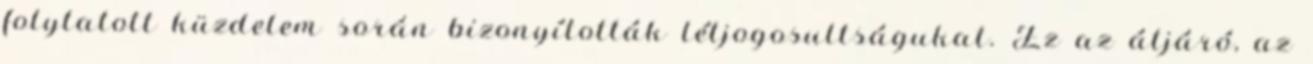
folytatott küzdelem során bizonyították létjogosultságukat. Ez az átjáró, az